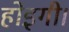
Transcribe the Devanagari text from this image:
होइगी।